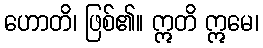
ဟောတိ၊ ဖြစ်၏။ ဣတိ ဣမေ၊